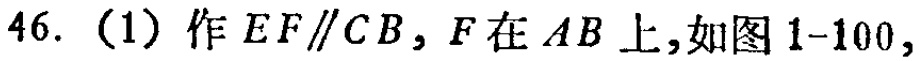
46. （1）作 \(EF\parallel CB\)，\(F\) 在 \(AB\) 上，如图 1 - 100，